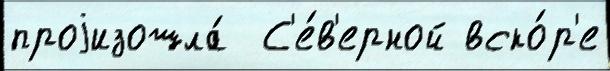
проjизошла́  С'е́в'ерной вско́р'е